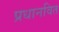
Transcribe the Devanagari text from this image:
प्रधानवित